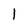
Character: l